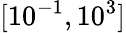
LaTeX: [10^{-1},10^{3}]